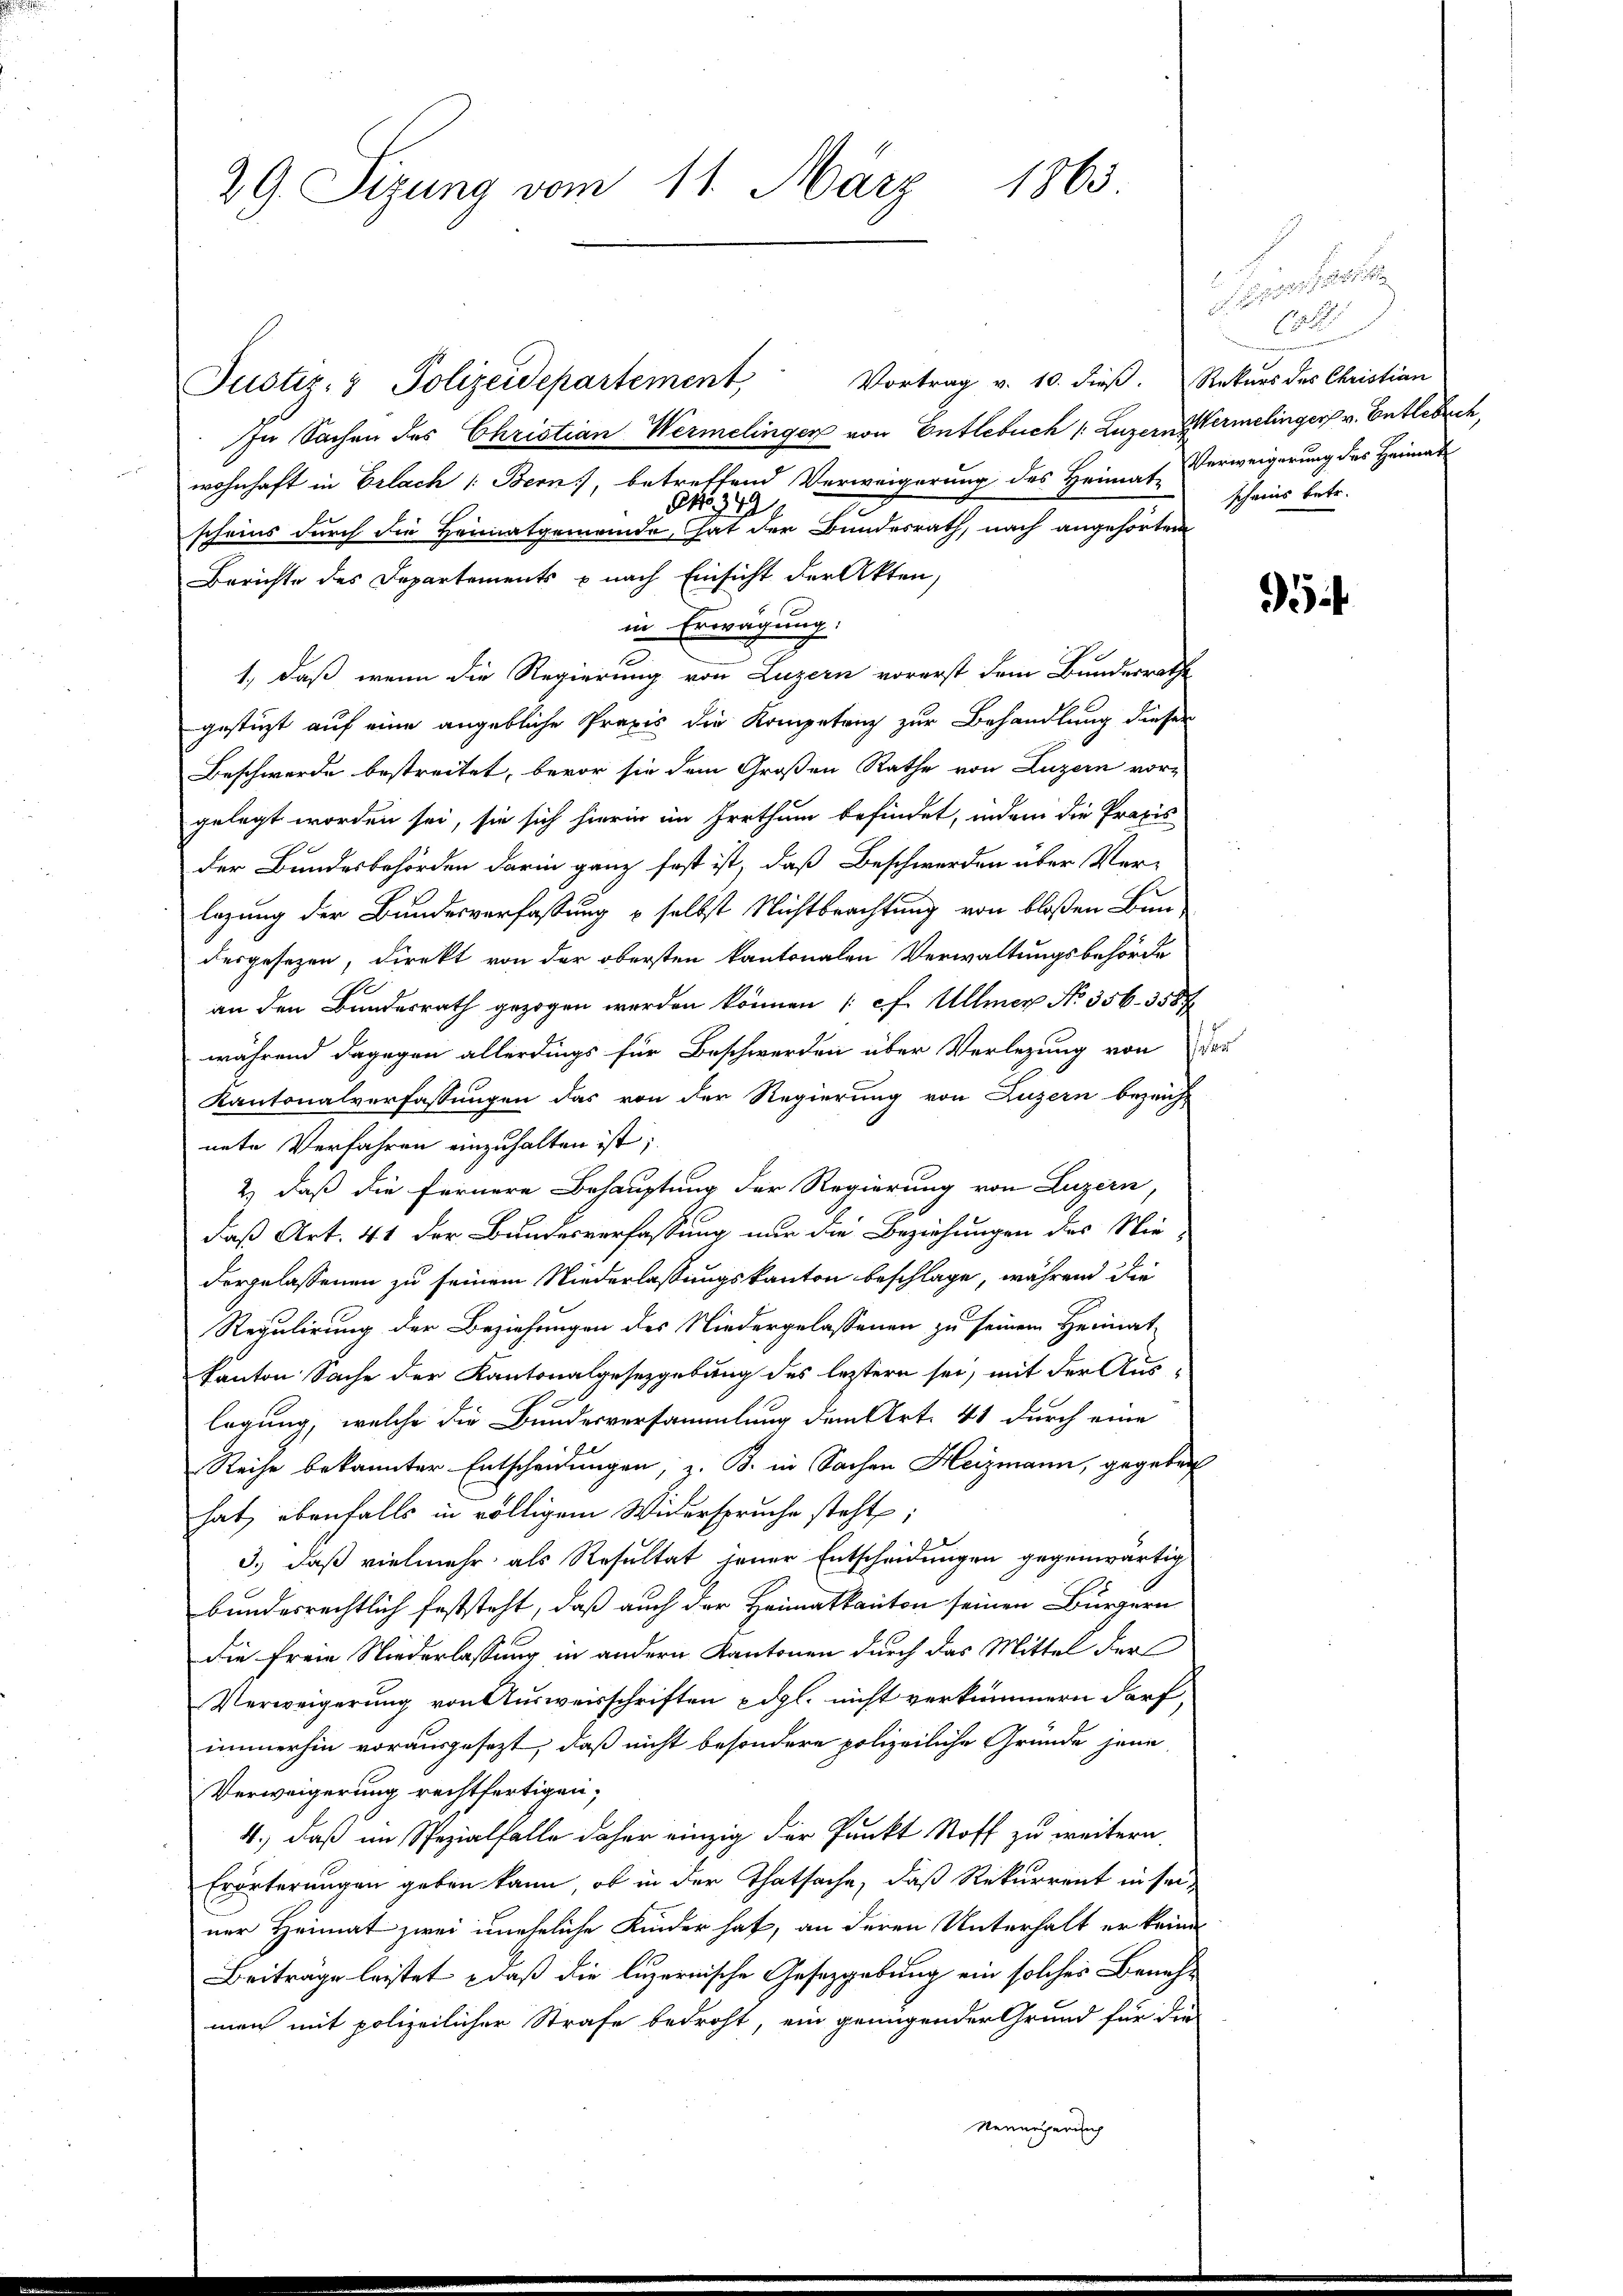
29. Sizung vom 11. März 1865

Justiz- & Polizeidepartement, Vortrag v. 10. dieβ. Rekŭrs des Christian
In Sachen des Christian Wermelinger von Entlebuch /: Luzern Wermelinger v. Entlebuch,
wohnhaft in Erlach 1: Bern, betreffend Verweigerung des Heimat Verweigerung des Heimat
No. 34
scheins durch die Heimatgemeinde, hat der Bundesrath, nach angehörten
Berichte des Departements u nach Einsicht der Akten,
in Erwägung:
1, daß wenn die Regierung von Luzern vorerst dem Bundesrathe
gestüzt auf eine angebliche Praxis die Kompetenz zur Behandlung dieser
Beschwerde bestreitet, bevor sie dem Großen Rathe von Luzern vor-
gelegt worden sei, sie sich hierin im Irrthum befindet, indem die Praxis
der Bundesbehörden darin ganz fest ist, daß Beschwerden über Ver-
lagung der Bundesverfassung & selbst Nichtbrachtung von bloßen Bun-
desgesezen, direkt von der obersten kantonalen Verwaltungsbehörde
an den Bundesrath gezogen werden können (cf. Ullmer No. 356. 3587
während dagegen allerdings für Beschwerden über Verlegung von der
Kantonalverfassungen das von der Regierung von Luzern bezeicht
nete Verfahren einzuhalten ist;
2.) daß die Fernere Behauptung der Regierung von Luzern,
daß Art. 41 der Bundesverfassung nur die Beziehungen des Nie-
dergelassenen zu seinem Niederlassungskanton beschlage, während die
Regulirung der Beziehungen des Niedergelassenen zu seinem Heimat-
Kanton Sache der Kantonalgesetzgebung des leztern sei, mit der Aus-
legung, welche die Bundesversammlung dem Art. 41 durch eine
Reihe bekannter Entscheidungen, z. B. in Sachen Heizmann, gegeben
hat, ebenfalls in völligem Widerspruche steht;
3.) daß vielmehr als Resultat jener Entscheidungen gegenwärtig
bundesrechtlich feststeht, daß auch der Heimatkanton seinen Bürgern
die freie Niederlassung in andern Kantonen durch das Mittel der
Verweigerung von Ausweisschriften Edgl. nicht verkümmern darf,
immerhin vorausgesezt, daß nicht besondere polizeiliche Gründe jene
Verweigerung rechtfertigen,
4.) daß im Spezialfalle daher einzig der Punkt Stoff zu weitern,
Erörterungen geben kann, ob in der Thatsache, daß Rekurrent in seiner Heimat zwei uneheliche Kinder hat, an deren Unterhalt er keine
Beiträge leistet, daß die luzernische Gesetzgebung ein solcher Benehman mit polizeilicher Strafe bedroht, ein genügender Grund für die
Neunegerich

ac treuen seit
8
scheins betr.

5